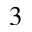
3